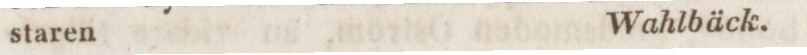
staren    Wahlbäck.